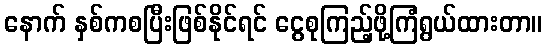
နောက် နှစ်ကစပြီးဖြစ်နိုင်ရင် ငွေစုကြည့်ဖို့ကြံရွယ်ထားတာ။